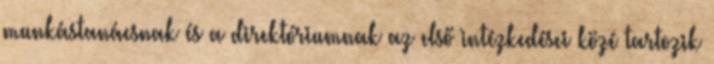
munkástanácsnak és a direktóriumnak az első intézkedései közé tartozik